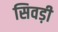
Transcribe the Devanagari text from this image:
सिवड़ी